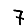
Digit: 7